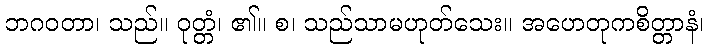
ဘဂဝတာ၊ သည်။ ဝုတ္တံ၊ ၏။ စ၊ သည်သာမဟုတ်သေး။ အဟေတုကစိတ္တာနံ၊